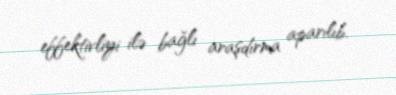
effektivliyi ilə bağlı araşdırma aparılıb.